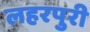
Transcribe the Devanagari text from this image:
लहरपुरी